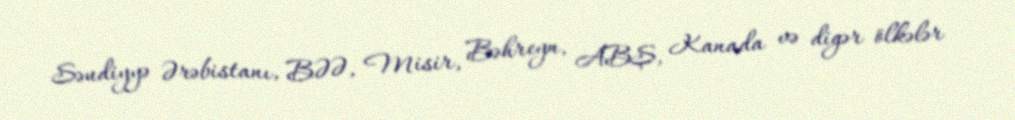
Səudiyyə Ərəbistanı, BƏƏ, Misir, Bəhreyn, ABŞ, Kanada və digər ölkələr